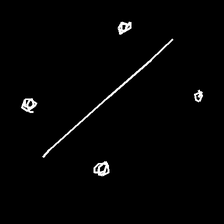
Glyph: cool